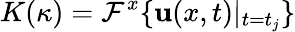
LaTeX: K(\kappa)=\mathcal{F}^{x}\{ \textbf{u}(x,t)|_{t=t_{j}}\}